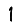
Digit: 1